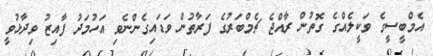
އެމްބީސީގެ ވަކީލެއްގެ ގޮތުން ރާއްޖެ ޗެމްބަރުގެ ފަރާތުން ވަޑައިގެންނެވި އަހުމަދު ފާއިޒު ވިދާޅުވީ